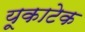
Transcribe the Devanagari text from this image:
यूकाटेक